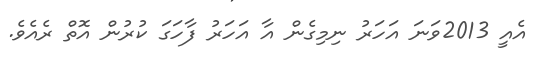
އެއީ 2013ވަނަ އަހަރު ނިމިގެން އާ އަހަރު ފާހަގަ ކުރުން އޮތް ރެއެވެ.